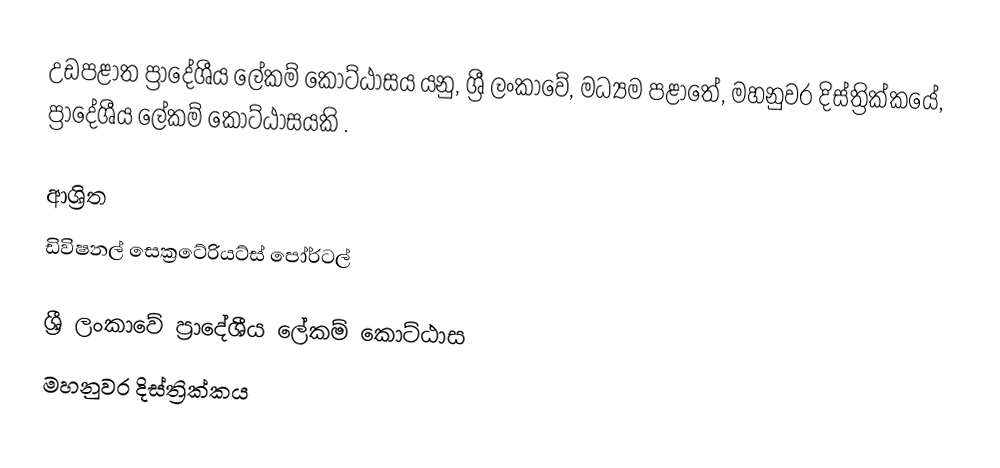
උඩපළාත ප්‍රාදේශීය ලේකම් කොට්ඨාසය යනු,  ශ්‍රී ලංකාවේ, මධ්‍යම පළාතේ,   මහනුවර දිස්ත්‍රික්කයේ, ප්‍රාදේශීය ලේකම් කොට්ඨාසයකි .

ආශ්‍රිත
 ඩිවිෂනල් සෙක්‍රටේරියට්ස් පෝර්ටල්

ශ්‍රී ලංකාවේ ප්‍රාදේශීය ලේකම් කොට්ඨාස
මහනුවර දිස්ත්‍රික්කය